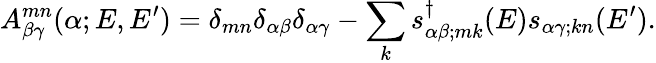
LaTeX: A_{\beta\gamma}^{mn}(\alpha;E,E^{\prime})=\delta_{mn}\delta_{\alpha\beta}\delta_{\alpha\gamma}-\sum_{k}s_{\alpha\beta;mk}^{\dagger}(E)s_{\alpha\gamma;kn}(E^{\prime}).